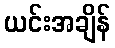
ယင်းအချိန်